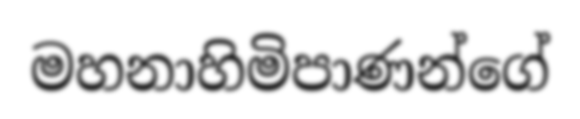
මහනාහිමිපාණන්ගේ